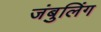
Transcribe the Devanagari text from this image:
जंबुलिंग